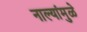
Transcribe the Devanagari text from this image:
नाल्यांमुळे